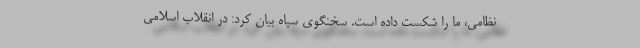
نظامی، ما را شکست داده است. سخنگوی سپاه بیان کرد: در انقلاب اسلامی